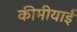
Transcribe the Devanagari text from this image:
कीमीयाई